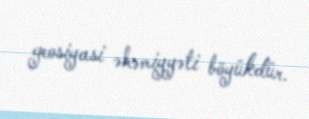
geosiyasi əhəmiyyəti böyükdür.